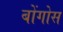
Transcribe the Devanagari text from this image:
बोंगोस